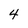
Character: 4